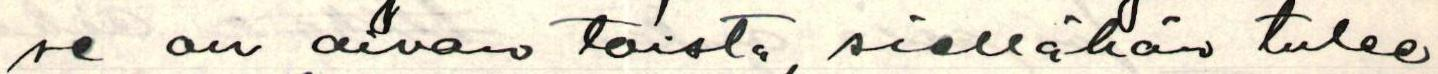
se on aivan toista, siellähän tulee